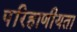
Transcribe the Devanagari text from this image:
परिहाणीयता